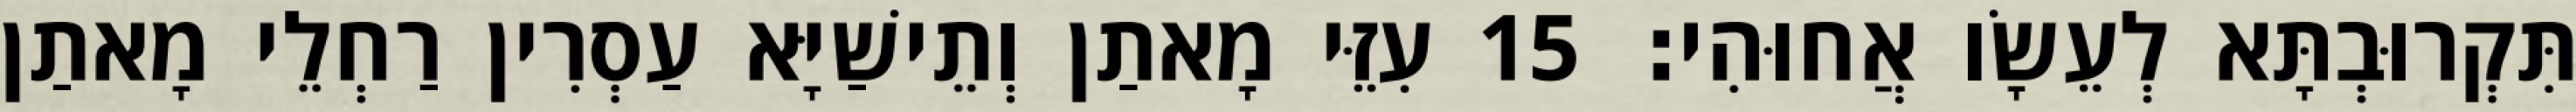
תִּקְרוּבְתָּא לְעֵשָׂו אֲחוּהִי׃ 15 עִזֵּי מָאתַן וְתֵישַׁיָּא עַסְרִין רַחְלֵי מָאתַן